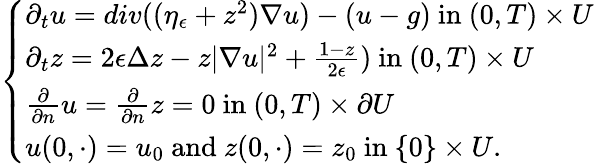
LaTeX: \left\{ \begin{array}{ll}{\partial_{t}u=div((\eta_{\epsilon}+z^{2})\nabla u)-(u-g)\mathrm{~in~}(0,T)\times U}\\ {\partial_{t}z=2\epsilon\Delta z-z|\nabla u|^{2}+\frac{1-z}{2\epsilon})\mathrm{~in~}(0,T)\times U}\\ {\frac{\partial}{\partial n}u=\frac{\partial}{\partial n}z=0\mathrm{~in~}(0,T)\times\partial U}\\ {u(0,\cdot)=u_{0}\mathrm{~and~}z(0,\cdot)=z_{0}\mathrm{~in~}\{ 0\} \times U.}\end{array}\right.